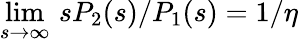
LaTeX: \operatorname*{lim}_{s\to\infty}\, sP_{2}(s)/P_{1}(s)=1/\eta